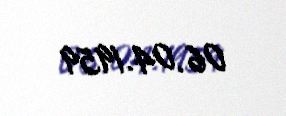
06.04.1959